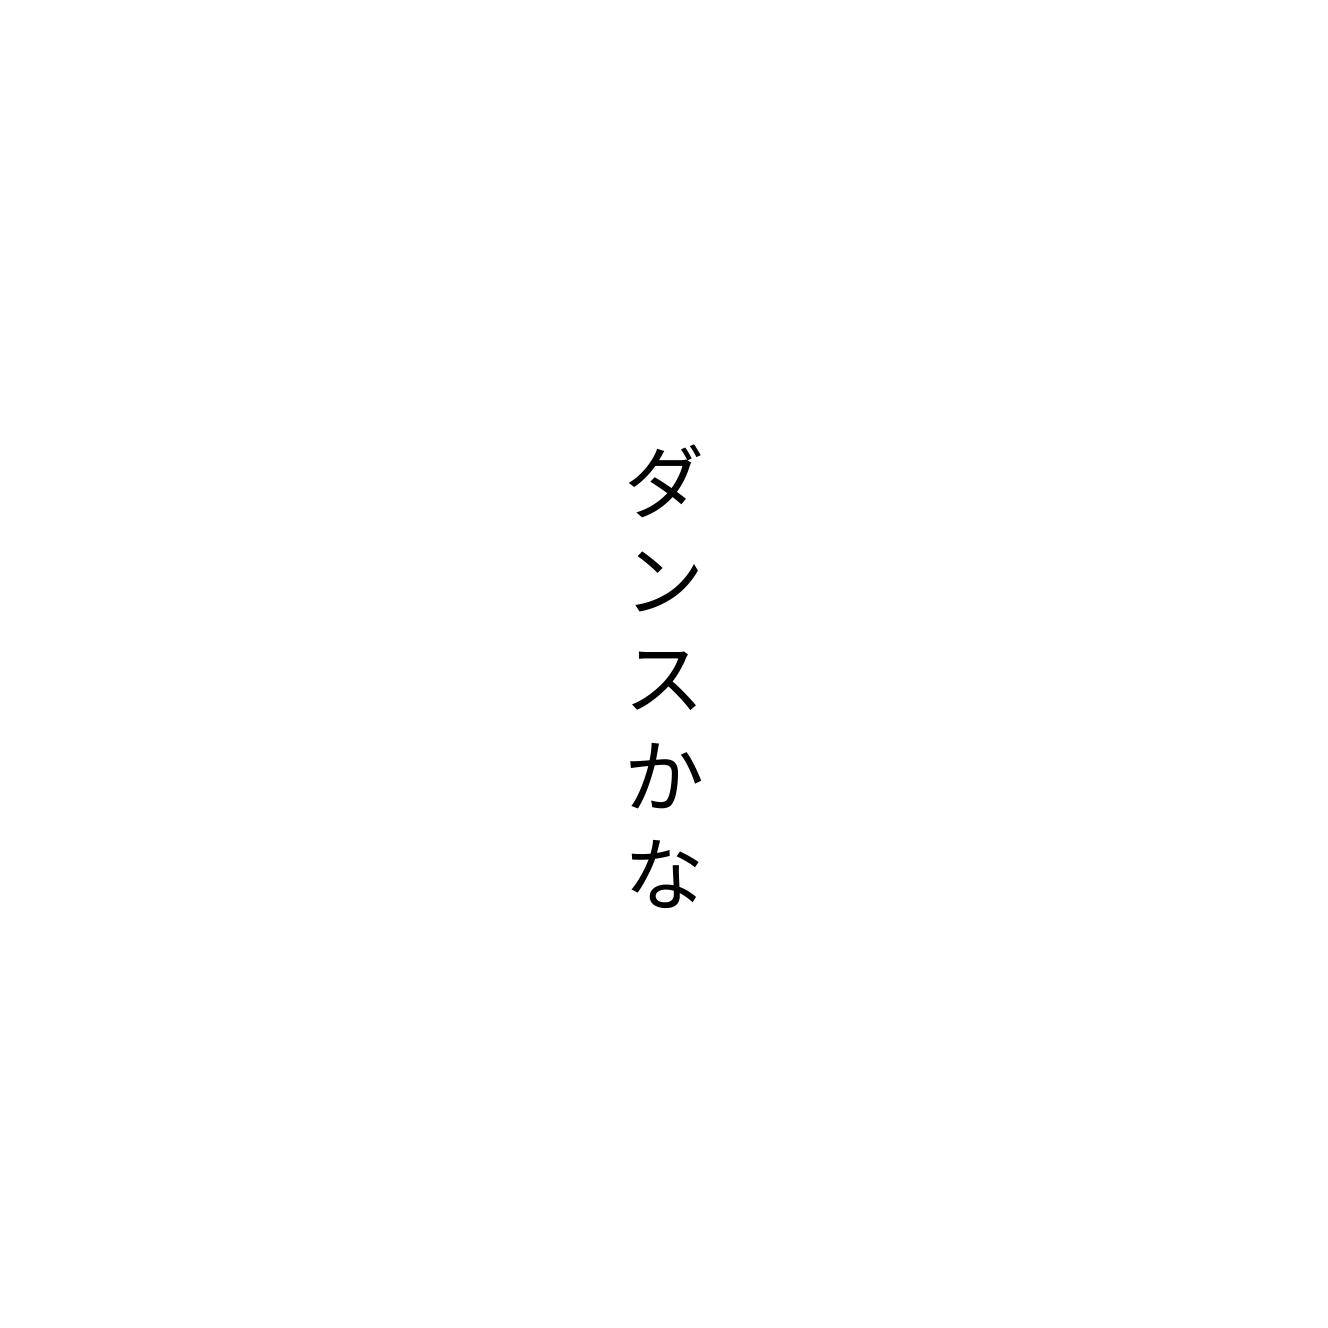
ダンスかな